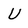
Character: U